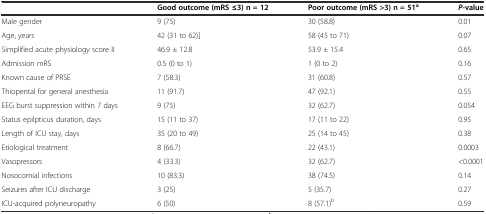
<table><thead><tr><td></td><td><b>Good outcome (mRS ≤3) n = 12</b></td><td><b>Poor outcome (mRS &gt;3) n = 51<sup>a</sup></b></td><td><b><i>P</i>-value</b></td></tr></thead><tbody><tr><td>Male gender</td><td>9 (75)</td><td>30 (58.8)</td><td>0.01</td></tr><tr><td>Age, years</td><td>42 (31 to 62)]</td><td>58 (45 to 71)</td><td>0.07</td></tr><tr><td>Simplified acute physiology score II</td><td>46.9 ± 12.8</td><td>53.9 ± 15.4</td><td>0.65</td></tr><tr><td>Admission mRS</td><td>0.5 (0 to 1)</td><td>1 (0 to 2)</td><td>0.16</td></tr><tr><td>Known cause of PRSE</td><td>7 (58.3)</td><td>31 (60.8)</td><td>0.57</td></tr><tr><td>Thiopental for general anesthesia</td><td>11 (91.7)</td><td>47 (92.1)</td><td>0.55</td></tr><tr><td>EEG burst suppression within 7 days</td><td>9 (75)</td><td>32 (62.7)</td><td>0.054</td></tr><tr><td>Status epilpticus duration, days</td><td>15 (11 to 37)</td><td>17 (11 to 22)</td><td>0.95</td></tr><tr><td>Length of ICU stay, days</td><td>35 (20 to 49)</td><td>25 (14 to 45)</td><td>0.38</td></tr><tr><td>Etiological treatment</td><td>8 (66.7)</td><td>22 (43.1)</td><td>0.0003</td></tr><tr><td>Vasopressors</td><td>4 (33.3)</td><td>32 (62.7)</td><td>&lt;0.0001</td></tr><tr><td>Nosocomial infections</td><td>10 (83.3)</td><td>38 (74.5)</td><td>0.14</td></tr><tr><td>Seizures after ICU discharge</td><td>3 (25)</td><td>5 (35.7)</td><td>0.27</td></tr><tr><td>ICU-acquired polyneuropathy</td><td>6 (50)</td><td>8 (57.1)<sup>b</sup></td><td>0.59</td></tr></tbody></table>